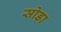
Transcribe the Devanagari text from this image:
सोड़ा